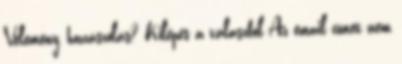
Vélemény, hozzászólás? Kilépés a válaszból Az email címet nem